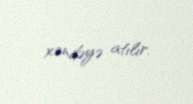
xəndəyə atılır.